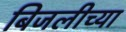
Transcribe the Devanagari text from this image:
बिजलीच्या